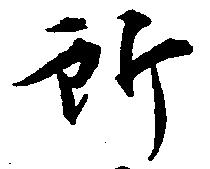
所